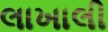
લાખાલી